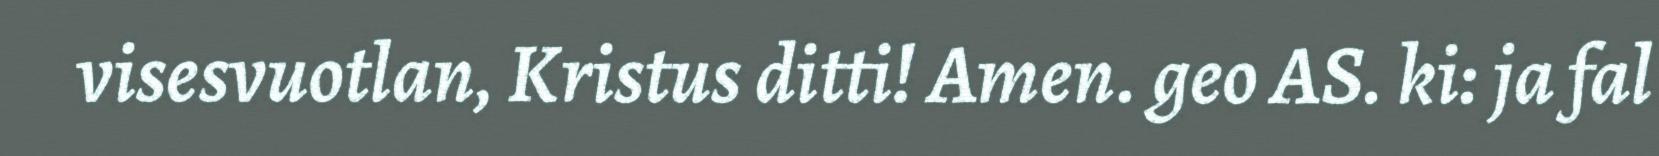
visesvuotlan, Kristus ditti! Amen. geo AS. ki: ja fal